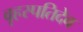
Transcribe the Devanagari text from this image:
वृहस्पतिदेव